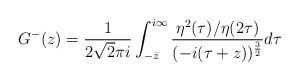
LaTeX: \begin{align*}G^-(z)= \frac{1}{2\sqrt{2}\pi i} \int_{-\bar{z}}^{i\infty} \frac{\eta^2(\tau)/\eta(2\tau)}{(-i(\tau+z))^\frac{3}{2}} d\tau\end{align*}